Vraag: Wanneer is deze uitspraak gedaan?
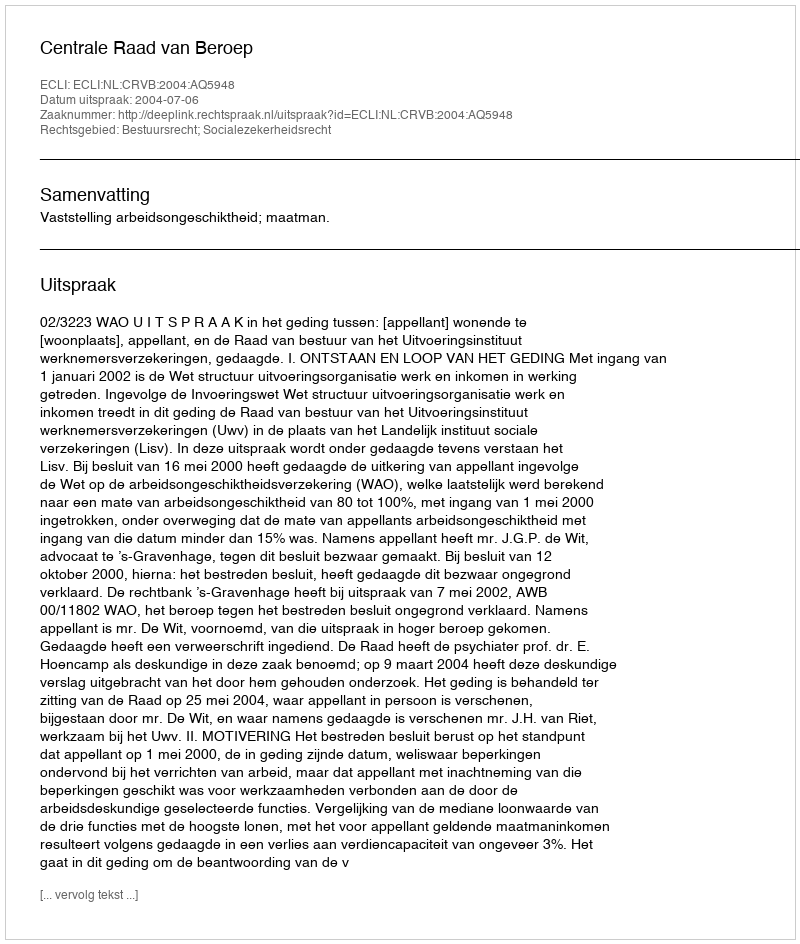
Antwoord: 2004-07-06